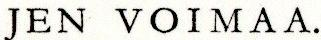
JEN VOIMAA.